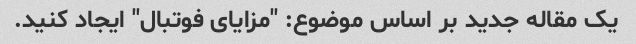
یک مقاله جدید بر اساس موضوع: "مزایای فوتبال" ایجاد کنید.